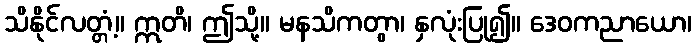
သိနိုင်လတ္တံ့။ ဣတိ၊ ဤသို့။ မနသိကတွာ၊ နှလုံးပြု၍။ ဒေဝကညာယော၊